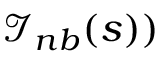
\mathcal { I } _ { n b } ( s ) )